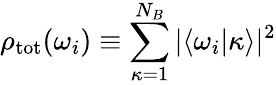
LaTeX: \rho_{\mathrm{tot}}(\omega_{i})\equiv\sum_{\kappa=1}^{N_{B}}|\langle\omega_{i}|\kappa\rangle|^{2}